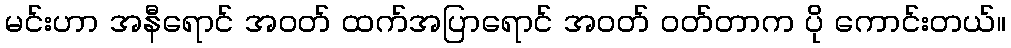
မင်းဟာ အနီရောင် အဝတ် ထက်အပြာရောင် အဝတ် ဝတ်တာက ပို ကောင်းတယ်။